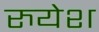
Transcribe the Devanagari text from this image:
रुयेश